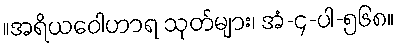
။အရိယဝေါဟာရ သုတ်များ၊ အံ-၄-ပါ-၅၆၈။